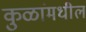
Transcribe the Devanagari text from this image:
कुळांमधील